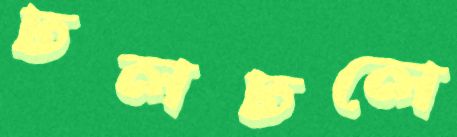
ঢলঢলে